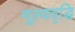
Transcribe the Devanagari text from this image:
मूल्‍यवृद्धि